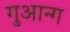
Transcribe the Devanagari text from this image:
गुआन्ग